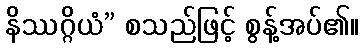
နိဿဂ္ဂိယံ” စသည်ဖြင့် စွန့်အပ်၏။